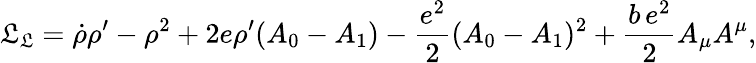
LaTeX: {\cal\mathfrak{L}}_{\mathfrak{L}}=\dot{{\rho}}\rho^{\prime}-\rho^{2}+2e\rho^{\prime}(A_{0}-A_{1})-{\frac{{e^{2}}}{{2}}}(A_{0}-A_{1})^{2}+\frac{{b\, e^{2}}}{{2}}A_{\mu}A^{\mu},